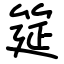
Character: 筵